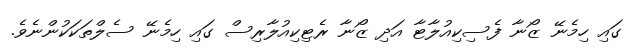
ގައި ހިމެނޭ ޒޯނާ ފެސިކިއުލާޓާ އަދި ޒޯނާ ރެޓިކިއުލާރިސް ގައި ހިމެނޭ ސެލްތަކަކުންނެވެ.